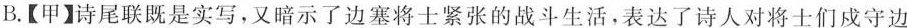
B.【甲】诗尾联既是实写，又暗示了边塞将士紧张的战斗生活，表达了诗人对将士们戍守边